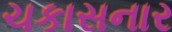
ચકાસનાર